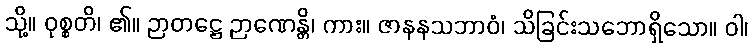
သို့။ ဝုစ္စတိ၊ ၏။ ဉာတဋ္ဌေ ဉာဏေန္တိ၊ ကား။ ဇာနနသဘာဝံ၊ သိခြင်းသဘောရှိသော။ ဝါ၊